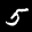
Label: 5